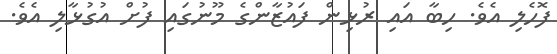
ފޮހެލި އެވެ. ހިބާ އައި ރުޅިން ފައުޒާންގެ މޫނުގައި ފުށް އުގުޅާލި އެވެ.